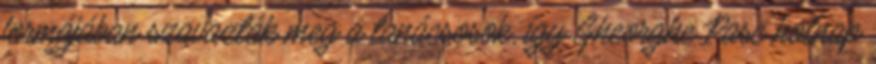
formájában szavazták meg a tanácsosok, így Gheorghe Pasc holnap